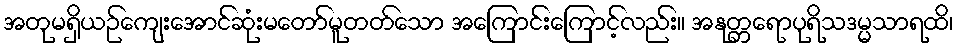
အတုမရှိယဉ်ကျေးအောင်ဆုံးမတော်မူတတ်သော အကြောင်းကြောင့်လည်း။ အနုတ္တရောပုရိသဒမ္မသာရထိ၊